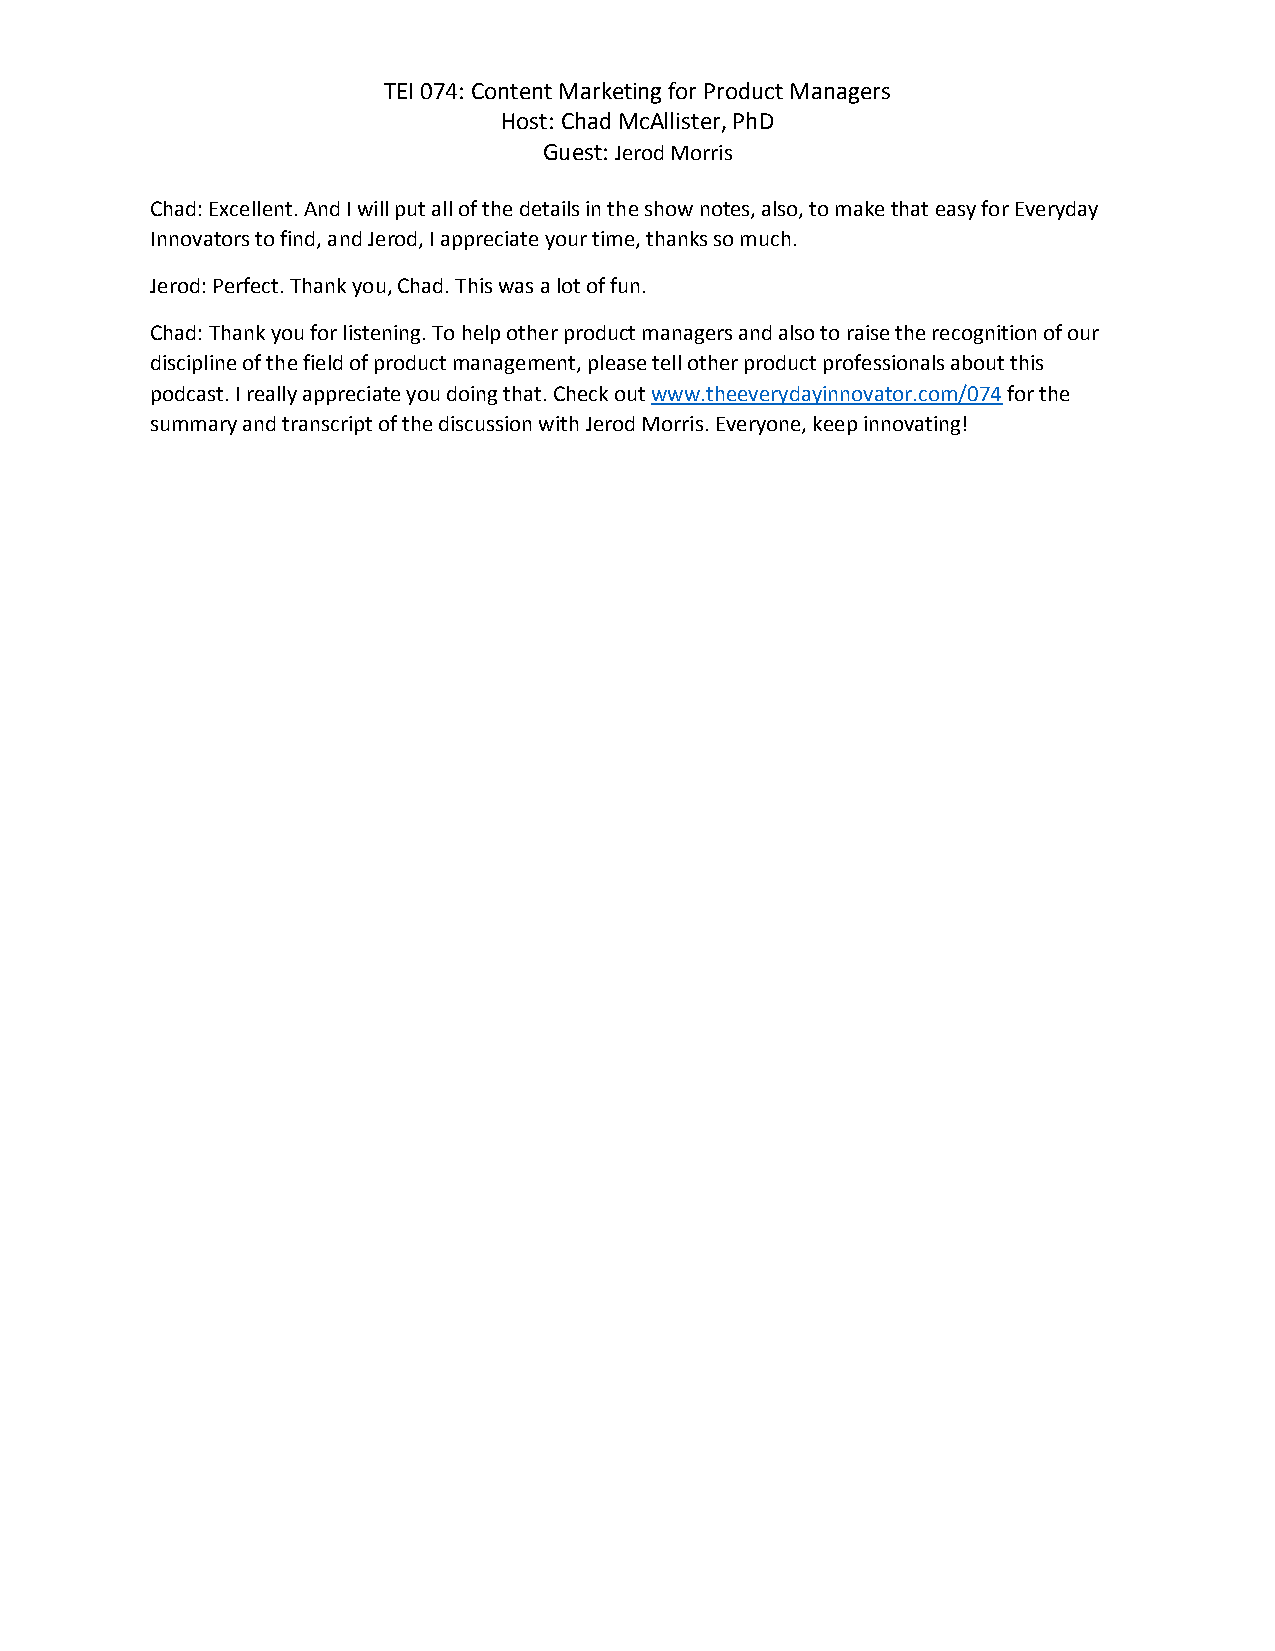
TEI 074: Content Marketing for Product Managers
 Host: Chad McAllister, PhD
 Guest: Jerod Morris
 Chad: Excellent. And I will put all of the details in the show notes, also, to make that easy for Everyday
 Innovators to find, and Jerod, I appreciate your time, thanks so much.
 Jerod: Perfect. Thank you, Chad. This was a lot of fun.
 Chad: Thank you for listening. To help other product managers and also to raise the recognition of our
 discipline of the field of product management, please tell other product professionals about this
 podcast. I really appreciate you doing that. Check out www.theeverydayinnovator.com/074 for the
 summary and transcript of the discussion with Jerod Morris. Everyone, keep innovating!